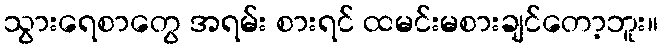
သွားရေစာတွေ အရမ်း စားရင် ထမင်းမစားချင်တော့ဘူး။